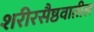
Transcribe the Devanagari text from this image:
शरीरसैष्ठवातील